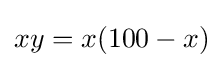
xy=x(100-x)